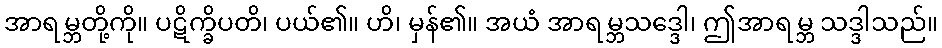
အာရမ္ဘတို့ကို။ ပဋိက္ခိပတိ၊ ပယ်၏။ ဟိ၊ မှန်၏။ အယံ အာရမ္ဘသဒ္ဒေါ၊ ဤအာရမ္ဘ သဒ္ဒါသည်။